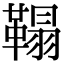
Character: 𩌇